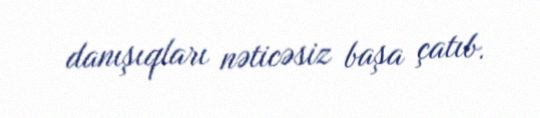
danışıqları nəticəsiz başa çatıb.